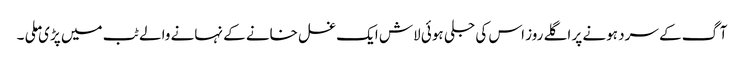
آگ کے سرد ہونے پر اگلے روز اس کی جلی ہوئی لاش ایک غسل خانے کے نہانے والے ٹب میں پڑی ملی ۔